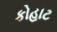
કોહાટ